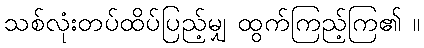
သစ်လုံးတပ်ထိပ်ပြည့်မျှ ထွက်ကြည့်ကြ၏ ။